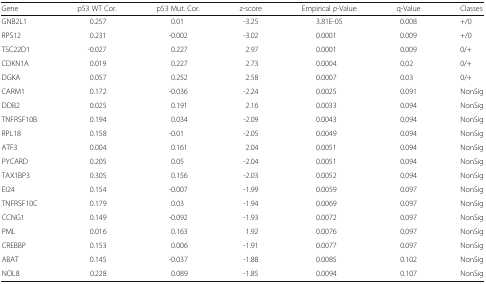
<table><thead><tr><td><b>Gene</b></td><td><b>p53 WT Cor.</b></td><td><b>p53 Mut. Cor.</b></td><td><b>z-score</b></td><td><b>Empirical <i>p</i>-Value</b></td><td><b>q-Value</b></td><td><b>Classes</b></td></tr></thead><tbody><tr><td>GNB2L1</td><td>0.257</td><td>0.01</td><td>-3.25</td><td>3.81E-05</td><td>0.008</td><td>+/0</td></tr><tr><td>RPS12</td><td>0.231</td><td>-0.002</td><td>-3.02</td><td>0.0001</td><td>0.009</td><td>+/0</td></tr><tr><td>TSC22D1</td><td>-0.027</td><td>0.227</td><td>2.97</td><td>0.0001</td><td>0.009</td><td>0/+</td></tr><tr><td>CDKN1A</td><td>0.019</td><td>0.227</td><td>2.73</td><td>0.0004</td><td>0.02</td><td>0/+</td></tr><tr><td>DGKA</td><td>0.057</td><td>0.252</td><td>2.58</td><td>0.0007</td><td>0.03</td><td>0/+</td></tr><tr><td>CARM1</td><td>0.172</td><td>-0.036</td><td>-2.24</td><td>0.0025</td><td>0.091</td><td>NonSig</td></tr><tr><td>DDB2</td><td>0.025</td><td>0.191</td><td>2.16</td><td>0.0033</td><td>0.094</td><td>NonSig</td></tr><tr><td>TNFRSF10B</td><td>0.194</td><td>0.034</td><td>-2.09</td><td>0.0043</td><td>0.094</td><td>NonSig</td></tr><tr><td>RPL18</td><td>0.158</td><td>-0.01</td><td>-2.05</td><td>0.0049</td><td>0.094</td><td>NonSig</td></tr><tr><td>ATF3</td><td>0.004</td><td>0.161</td><td>2.04</td><td>0.0051</td><td>0.094</td><td>NonSig</td></tr><tr><td>PYCARD</td><td>0.205</td><td>0.05</td><td>-2.04</td><td>0.0051</td><td>0.094</td><td>NonSig</td></tr><tr><td>TAX1BP3</td><td>0.305</td><td>0.156</td><td>-2.03</td><td>0.0052</td><td>0.094</td><td>NonSig</td></tr><tr><td>EI24</td><td>0.154</td><td>-0.007</td><td>-1.99</td><td>0.0059</td><td>0.097</td><td>NonSig</td></tr><tr><td>TNFRSF10C</td><td>0.179</td><td>0.03</td><td>-1.94</td><td>0.0069</td><td>0.097</td><td>NonSig</td></tr><tr><td>CCNG1</td><td>0.149</td><td>-0.092</td><td>-1.93</td><td>0.0072</td><td>0.097</td><td>NonSig</td></tr><tr><td>PML</td><td>0.016</td><td>0.163</td><td>1.92</td><td>0.0076</td><td>0.097</td><td>NonSig</td></tr><tr><td>CREBBP</td><td>0.153</td><td>0.006</td><td>-1.91</td><td>0.0077</td><td>0.097</td><td>NonSig</td></tr><tr><td>ABAT</td><td>0.145</td><td>-0.037</td><td>-1.88</td><td>0.0085</td><td>0.102</td><td>NonSig</td></tr><tr><td>NOL8</td><td>0.228</td><td>0.089</td><td>-1.85</td><td>0.0094</td><td>0.107</td><td>NonSig</td></tr></tbody></table>